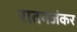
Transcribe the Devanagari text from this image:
रातनजंकर